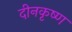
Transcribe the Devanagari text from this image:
दीनकृष्ण